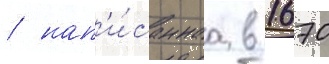
/ нап'и́саннаа в 1670